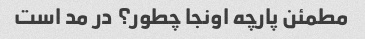
مطمئن پارچه اونجا چطور؟ در مد است